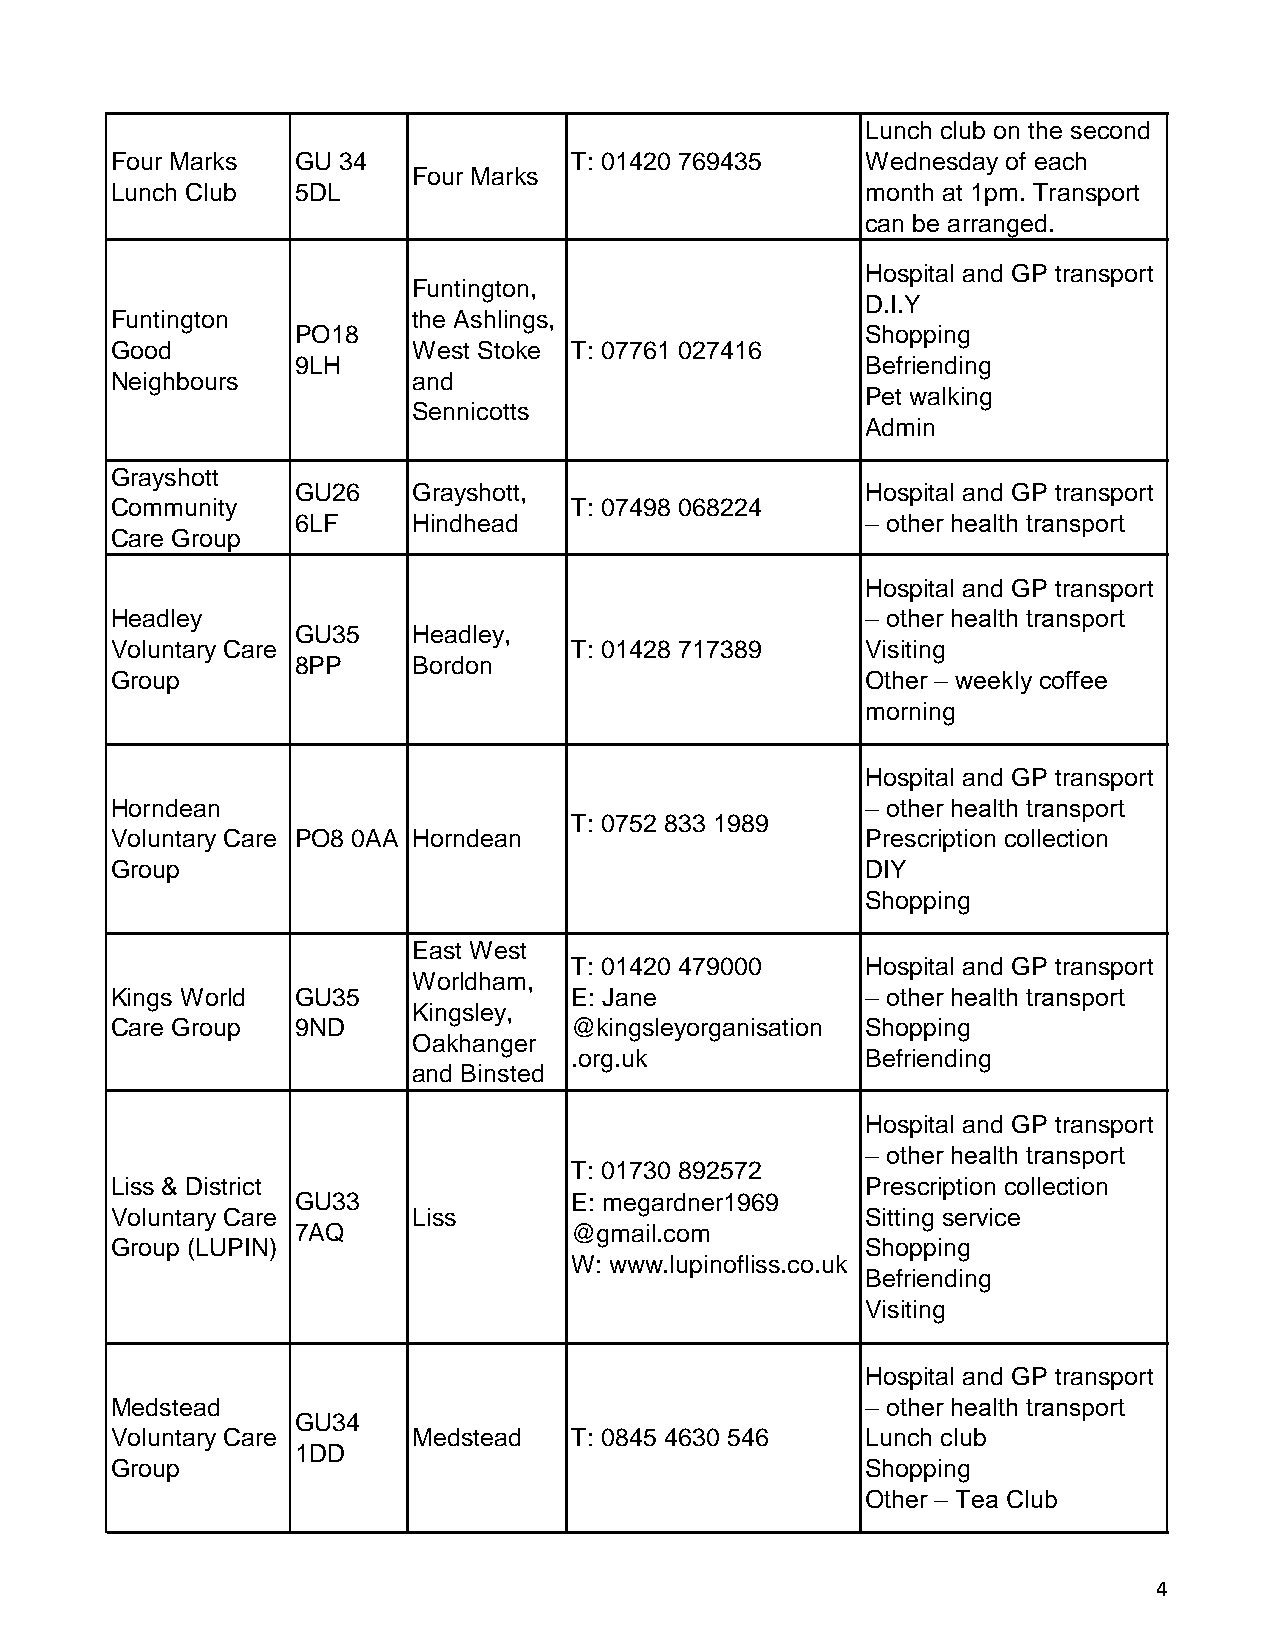
Lunch club on the second
 Four Marks   GU 34             T: 01420 769435    Wednesday of each
 Four Marks
 Lunch Club   5DL                                  month at 1pm. Transport
 can be arranged.
 Hospital and GP transport
 Funtington,
 D.I.Y
 Funtington          the Ashlings,
 PO18                                 Shopping
 Good                West Stoke T: 07761 027416
 9LH                                  Befriending
 Neighbours          and
 Pet walking
 Sennicotts
 Admin
 Grayshott
 GU26   Grayshott,                    Hospital and GP transport
 Community                      T: 07498 068224
 6LF    Hindhead                      – other health transport
 Care Group
 Hospital and GP transport
 Headley                                           – other health transport
 GU35   Headley,
 Voluntary Care                 T: 01428 717389    Visiting
 8PP    Bordon
 Group                                             Other – weekly coffee
 morning
 Hospital and GP transport
 Horndean                                          – other health transport
 T: 0752 833 1989
 Voluntary Care PO8 0AA Horndean                   Prescription collection
 Group                                             DIY
 Shopping
 East West
 T: 01420 479000    Hospital and GP transport
 Worldham,
 Kings World  GU35              E: Jane            – other health transport
 Kingsley,
 Care Group   9ND               @kingsleyorganisation Shopping
 Oakhanger
 .org.uk            Befriending
 and Binsted
 Hospital and GP transport
 – other health transport
 T: 01730 892572
 Liss & District                                   Prescription collection
 GU33              E: megardner1969
 Voluntary Care      Liss                          Sitting service
 7AQ               @gmail.com
 Group (LUPIN)                                     Shopping
 W: www.lupinofliss.co.uk
 Befriending
 Visiting
 Hospital and GP transport
 Medstead                                          – other health transport
 GU34
 Voluntary Care      Medstead   T: 0845 4630 546   Lunch club
 1DD
 Group                                             Shopping
 Other – Tea Club
 4